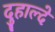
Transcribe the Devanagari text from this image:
दुहाल्दे